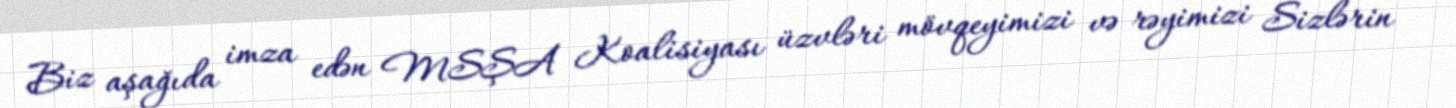
Biz aşağıda imza edən MSŞA Koalisiyası üzvləri mövqeyimizi və rəyimizi Sizlərin